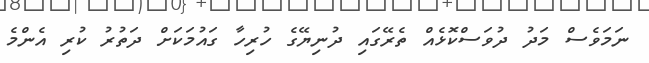
ނަމަވެސް މަދު ދުވަސްކޮޅެއް ތެރޭގައި ދުނިޔޭގެ ހުރިހާ ގައުމަކަށް ދަތުރު ކުރި އެންމެ